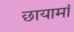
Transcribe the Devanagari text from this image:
छायामां